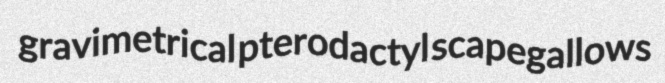
gravimetrical pterodactyl scapegallows